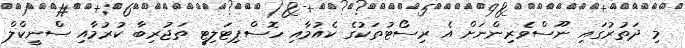
މި ދަތުރުގައި ނޫސްވެރިންނަށް އެ ރިސޯޓުތަކުގެ ކެއުމާއި ހޮސްޕިޓަލިޓީ ތަޖުރިބާ ކުރުމާއި ސްނީކްލް